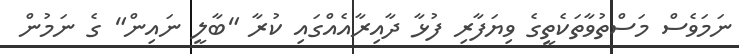
ނަމަވެސް މަސްތުވާތަކެތީގެ ވިޔަފާރި ފުޅާ ދާއިރާއެއްގައި ކުރާ "ބާލީ ނައިން" ގެ ނަމުން